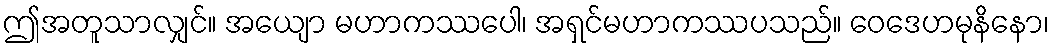
ဤအတူသာလျှင်။ အယျော မဟာကဿပေါ၊ အရှင်မဟာကဿပသည်။ ဝေဒေဟမုနိနော၊